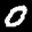
Label: 0